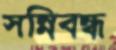
সন্নিবন্ধ